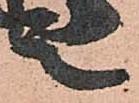
言